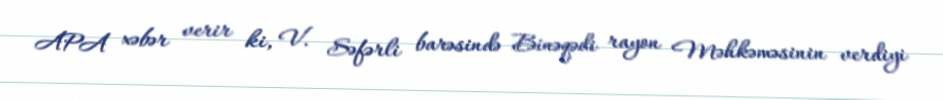
APA xəbər verir ki, V. Səfərli barəsində Binəqədi rayon Məhkəməsinin verdiyi